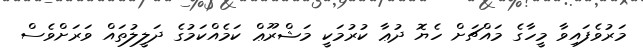
މަރުވެފައިވާ މީހާގެ މައްޗަށް ހެޔޮ ދުޢާ ކުރުމަކީ މަޝްރޫޢް ކަމެއްކަމުގެ ދަލީލުތައް ވަރަށްވެސް